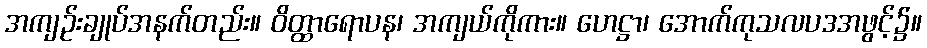
အကျဉ်းချုပ်အနက်တည်း။ ဝိတ္ထာရောပန၊ အကျယ်ကိုကား။ ဟေဋ္ဌာ၊ အောက်ကုသလပဒအဖွင့်၌။